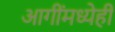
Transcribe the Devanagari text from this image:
आगींमध्येही